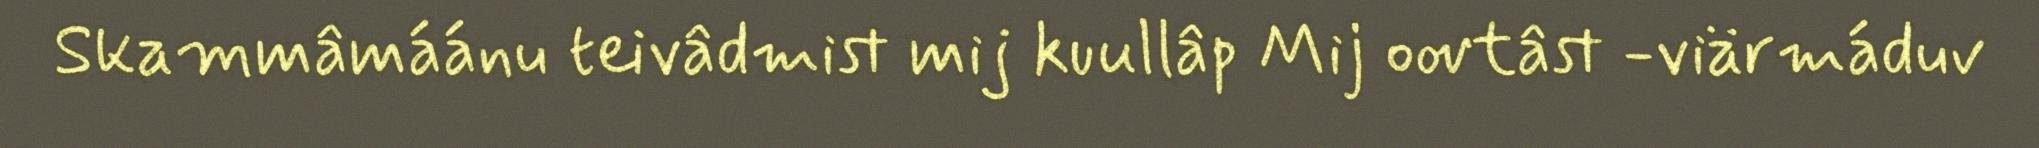
Skammâmáánu teivâdmist mij kuullâp Mij oovtâst -viärmáduv